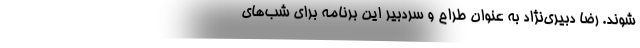
شوند. رضا دبیری‌نژاد به عنوان طراح و سردبیر این برنامه برای شب‌های